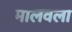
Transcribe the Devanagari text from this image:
मालवला